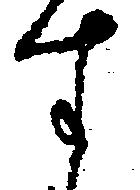
す